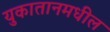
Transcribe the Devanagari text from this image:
युकातानमधील